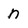
Character: n